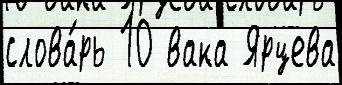
слова́рь 10 вака Ярцева